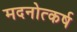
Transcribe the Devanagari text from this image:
मदनोत्कर्ष